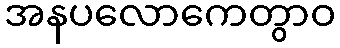
အနပလောကေတွာဝ